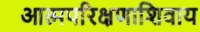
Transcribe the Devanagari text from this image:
आत्मपरिक्षणाशिवाय